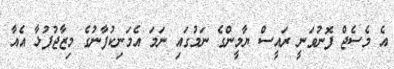
އެ މެސެޖް ފޮނުވަނީ ރައީސް ޔާމީންގެ ނަމުގައި ނަމަ އެމަނިކުފާނުގެ މިޒާޖުފުޅާ އެއާ